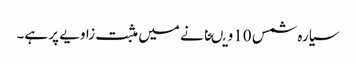
سیارہ شمس 10ویںخانے میں مثبت زاویے پر ہے۔